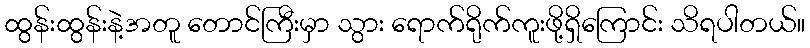
ထွန်းထွန်းနဲ့အတူ တောင်ကြီးမှာ သွား ရောက်ရိုက်ကူးဖို့ရှိကြောင်း သိရပါတယ်။